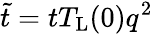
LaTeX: \tilde{t}=tT_{\mathrm{L}}(0)q^{2}